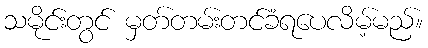
သမိုင်းတွင် မှတ်တမ်းတင်ခံရပေလိမ့်မည်။